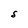
Character: S